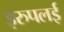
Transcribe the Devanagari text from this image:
इरुपलई